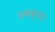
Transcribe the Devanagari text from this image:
डबक्या